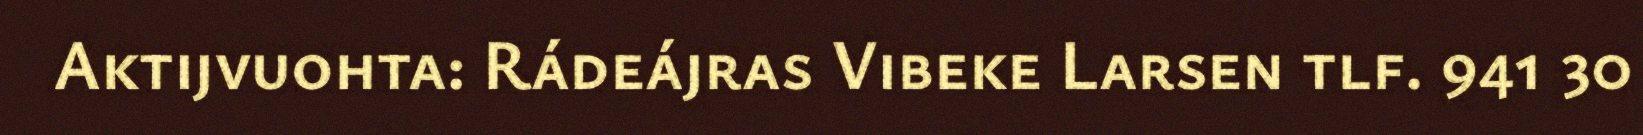
Aktijvuohta: Rádeájras Vibeke Larsen tlf. 941 30